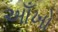
આઁખો